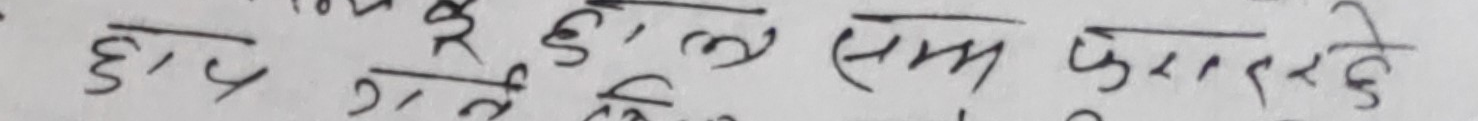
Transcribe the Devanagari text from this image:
छाप गई हो, ल संग फरादने